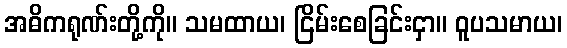
အဓိကရုဏ်းတို့ကို။ သမထာယ၊ ငြိမ်းစေခြင်းငှာ။ ဝူပသမာယ၊